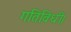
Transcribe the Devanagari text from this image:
गतिविधी।